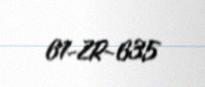
61-ZR-635